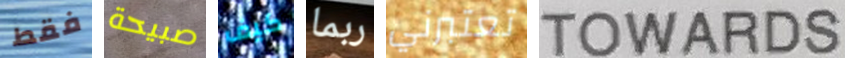
فقط صبيحة كيف ربما تعتبرني TOWARDS